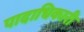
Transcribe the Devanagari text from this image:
पादाधिकारी